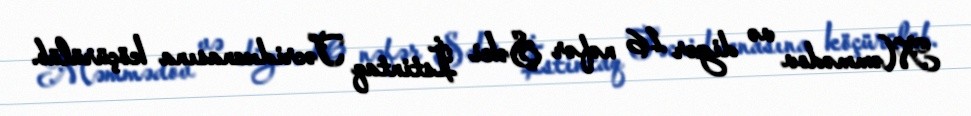
Məmmədov və digər 16 nəfər Şəki İstintaq Təcridxanasına köçürülüb.